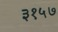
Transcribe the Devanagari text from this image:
३१५७